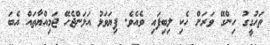
ތަހުގީގު ހިންގޭ ވަރަށް ހެކި ލިބިފައި ވެއެވެ. ފިޔަވަޅު އަޅަންޖެހޭ ޖަމިއްޔާތައް އެބަ